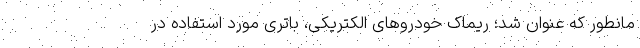
مانطور که عنوان شد؛ ریماک خودروهای الکتریکی، باتری مورد استفاده در